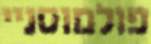
פולמוסניי